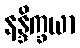
နန္ဒိက္ခယာ